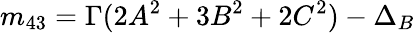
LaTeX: m_{43}=\Gamma(2A^{2}+3B^{2}+2C^{2})-\Delta_{B}